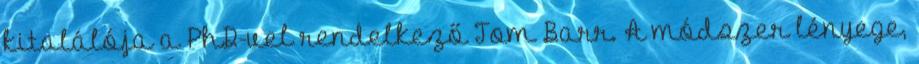
kitalálója a PhD-vel rendelkező Tom Barr. A módszer lényege,